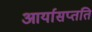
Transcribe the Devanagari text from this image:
आर्यासप्तति